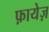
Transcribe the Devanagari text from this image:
फ़ायेज़